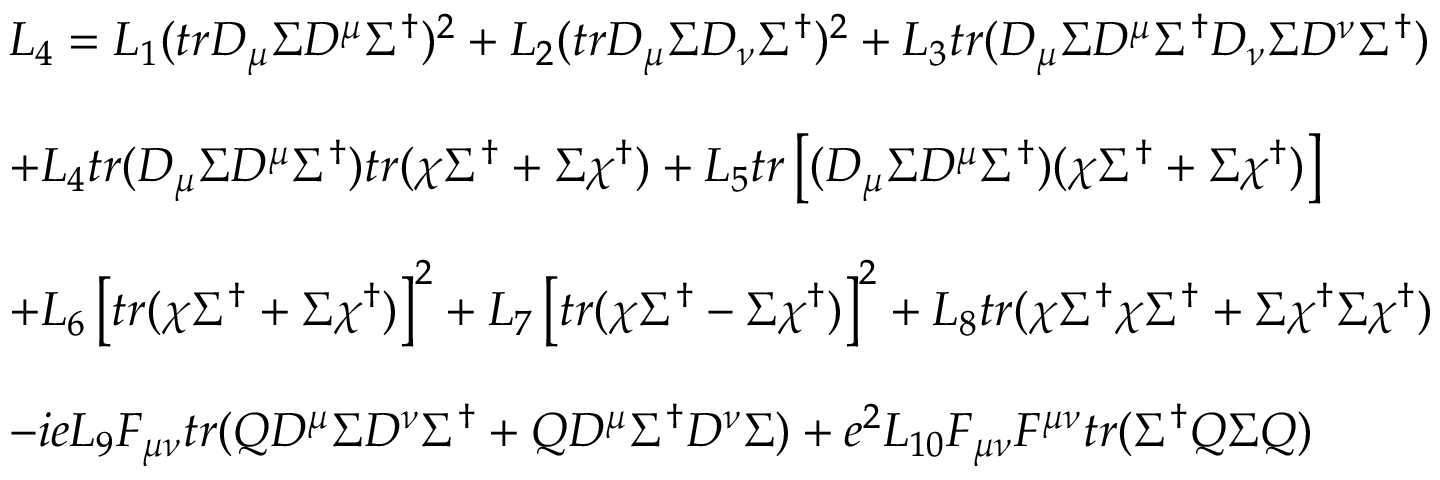
\begin{array} { l } { { { \cal L } _ { 4 } = L _ { 1 } ( t r D _ { \mu } \Sigma D ^ { \mu } \Sigma ^ { \dagger } ) ^ { 2 } + L _ { 2 } ( t r D _ { \mu } \Sigma D _ { \nu } \Sigma ^ { \dagger } ) ^ { 2 } + L _ { 3 } t r ( D _ { \mu } \Sigma D ^ { \mu } \Sigma ^ { \dagger } D _ { \nu } \Sigma D ^ { \nu } \Sigma ^ { \dagger } ) } } \\ { { \ } } \\ { { + L _ { 4 } t r ( D _ { \mu } \Sigma D ^ { \mu } \Sigma ^ { \dagger } ) t r ( \chi \Sigma ^ { \dagger } + \Sigma \chi ^ { \dagger } ) + L _ { 5 } t r \left[ ( D _ { \mu } \Sigma D ^ { \mu } \Sigma ^ { \dagger } ) ( \chi \Sigma ^ { \dagger } + \Sigma \chi ^ { \dagger } ) \right] } } \\ { { \ } } \\ { { + L _ { 6 } \left[ t r ( \chi \Sigma ^ { \dagger } + \Sigma \chi ^ { \dagger } ) \right] ^ { 2 } + L _ { 7 } \left[ t r ( \chi \Sigma ^ { \dagger } - \Sigma \chi ^ { \dagger } ) \right] ^ { 2 } + L _ { 8 } t r ( \chi \Sigma ^ { \dagger } \chi \Sigma ^ { \dagger } + \Sigma \chi ^ { \dagger } \Sigma \chi ^ { \dagger } ) } } \\ { { \ } } \\ { { - i e L _ { 9 } F _ { \mu \nu } t r ( Q D ^ { \mu } \Sigma D ^ { \nu } \Sigma ^ { \dagger } + Q D ^ { \mu } \Sigma ^ { \dagger } D ^ { \nu } \Sigma ) + e ^ { 2 } L _ { 1 0 } F _ { \mu \nu } F ^ { \mu \nu } t r ( \Sigma ^ { \dagger } Q \Sigma Q ) } } \end{array}